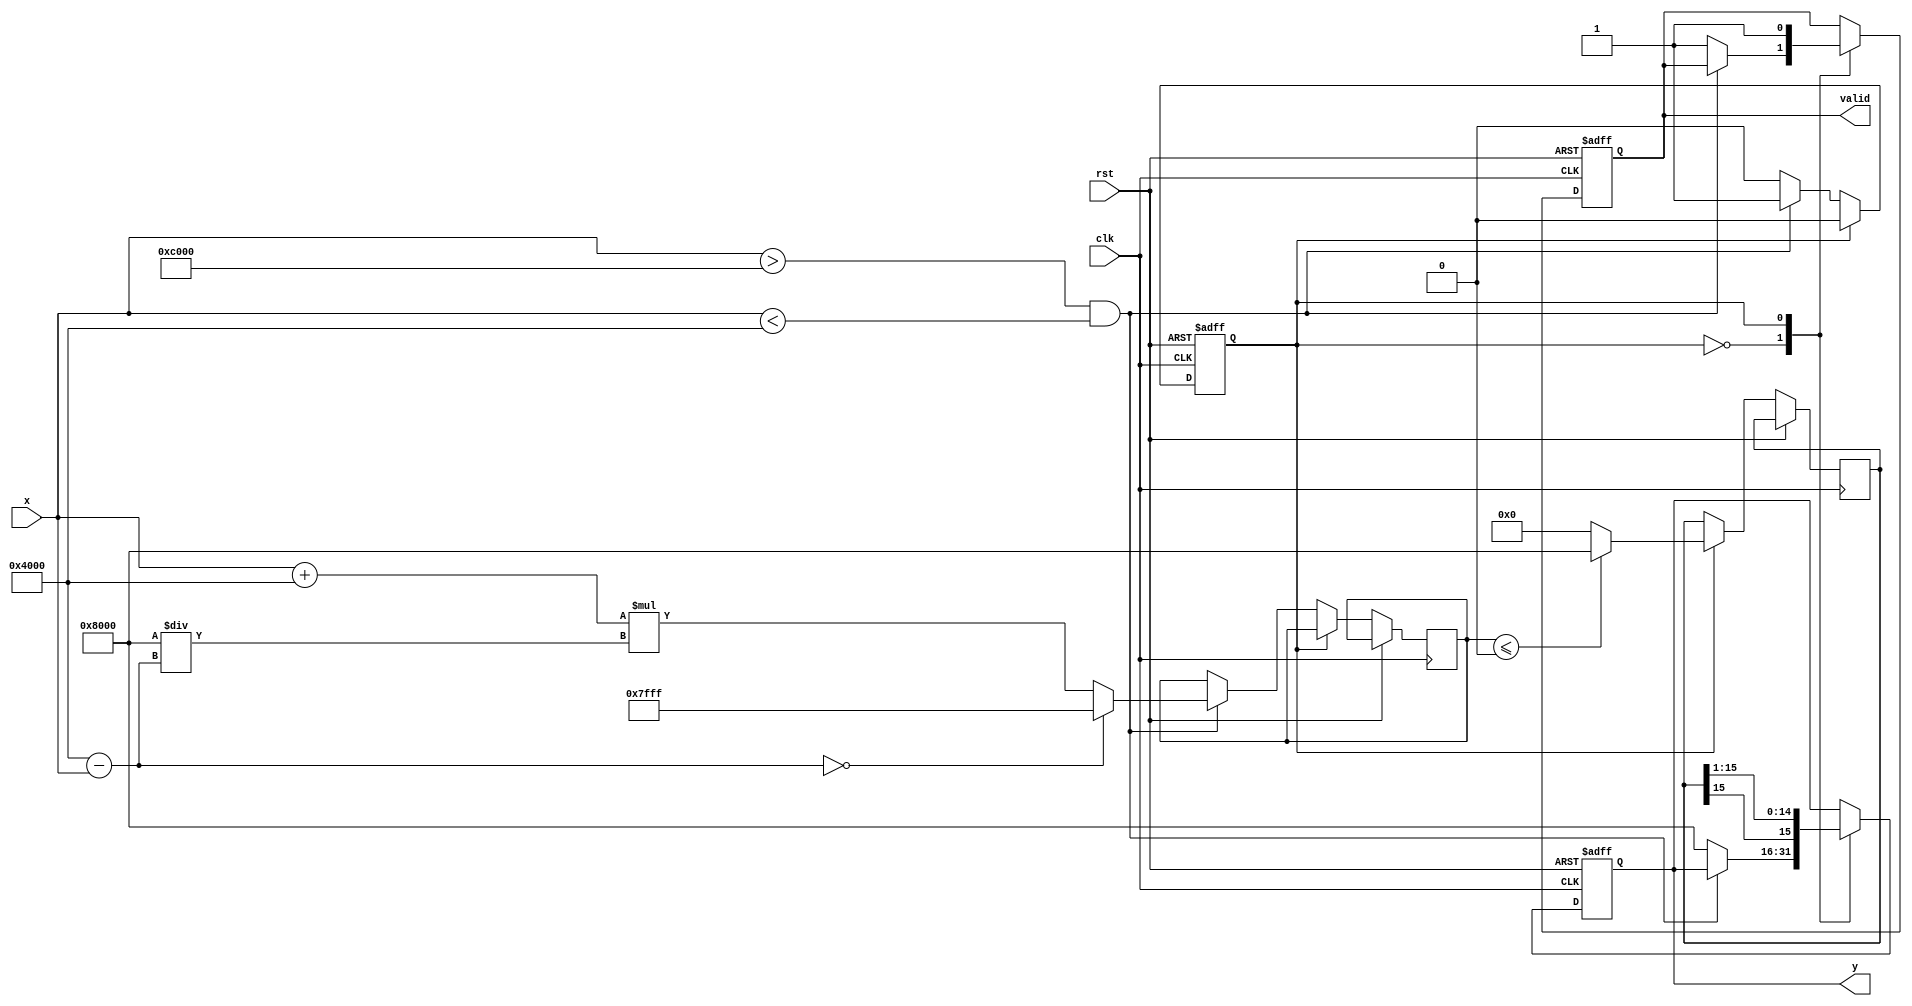
module atanh (
    input wire signed [15:0] x,     // Input signal in fixed-point format
    input wire clk,                  // Clock signal
    input wire rst,                  // Reset signal
    output reg signed [15:0] y,      // Output signal for atanh
    output reg valid                  // Output valid signal
);

    // Internal registers
    reg signed [15:0] log_input;
    reg signed [15:0] log_result;
    reg signed [15:0] divider_result;
    reg valid_next;
    reg state;

    // Parameters for fixed-point representation
    parameter FIXED_POINT_FRACTIONAL_BITS = 15; // 16 total bits, 15 fractional bits

    // States for state machine
    parameter IDLE = 1'b0;
    parameter CALCULATE = 1'b1;

    // Check input range
    wire input_valid = (x > -16'h4000) && (x < 16'h4000); // -1 < x < 1 in fixed-point

    // Logarithm function implementation (using a naive approach)
    function signed [15:0] log2;
        input signed [15:0] value;
        begin
            if (value <= 0) begin
                log2 = 16'h8000; // Return -inf for log(0) or negative
            end else begin
                // Simple approximation: using a Taylor series or a lookup table could be more accurate
                log2 = 16'h0; // Placeholder for logarithmic computation
            end
        end
    endfunction

    // Divider to compute (1+x)/(1-x)
    function signed [15:0] divider;
        input signed [15:0] a;
        input signed [15:0] b;
        begin
            if (b == 0) begin
                divider = 16'h7FFF; // Max value for overflow
            end else begin
                divider = a * (16'h8000 / b); // Simple fixed-point division
            end
        end
    endfunction

    // State machine for processing
    always @(posedge clk or posedge rst) begin
        if (rst) begin
            y <= 16'h0;
            valid <= 0;
            state <= IDLE;
        end else begin
            case (state)
                IDLE: begin
                    if (input_valid) begin
                        // Calculate the logarithm input
                        log_input <= divider(x + 16'h4000, 16'h4000 - x); // (1+x)/(1-x) in fixed-point
                        state <= CALCULATE;
                    end else begin
                        y <= 16'h8000; // Return error code for invalid input
                        valid <= 1;
                    end
                end
                
                CALCULATE: begin
                    log_result <= log2(log_input); // Compute log
                    y <= log_result >>> 1; // Scale by 1/2
                    valid <= 1; // Output is valid
                    state <= IDLE; // Go back to IDLE after calculation
                end
                
                default: begin
                    state <= IDLE; // Safety state
                end
            endcase
        end
    end

endmodule